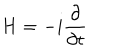
H = - i \frac { \partial } { \partial t }